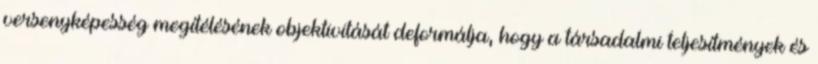
versenyképesség megítélésének objektivitását deformálja, hogy a társadalmi teljesítmények és